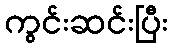
ကွင်းဆင်းပြီး